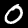
Label: 0